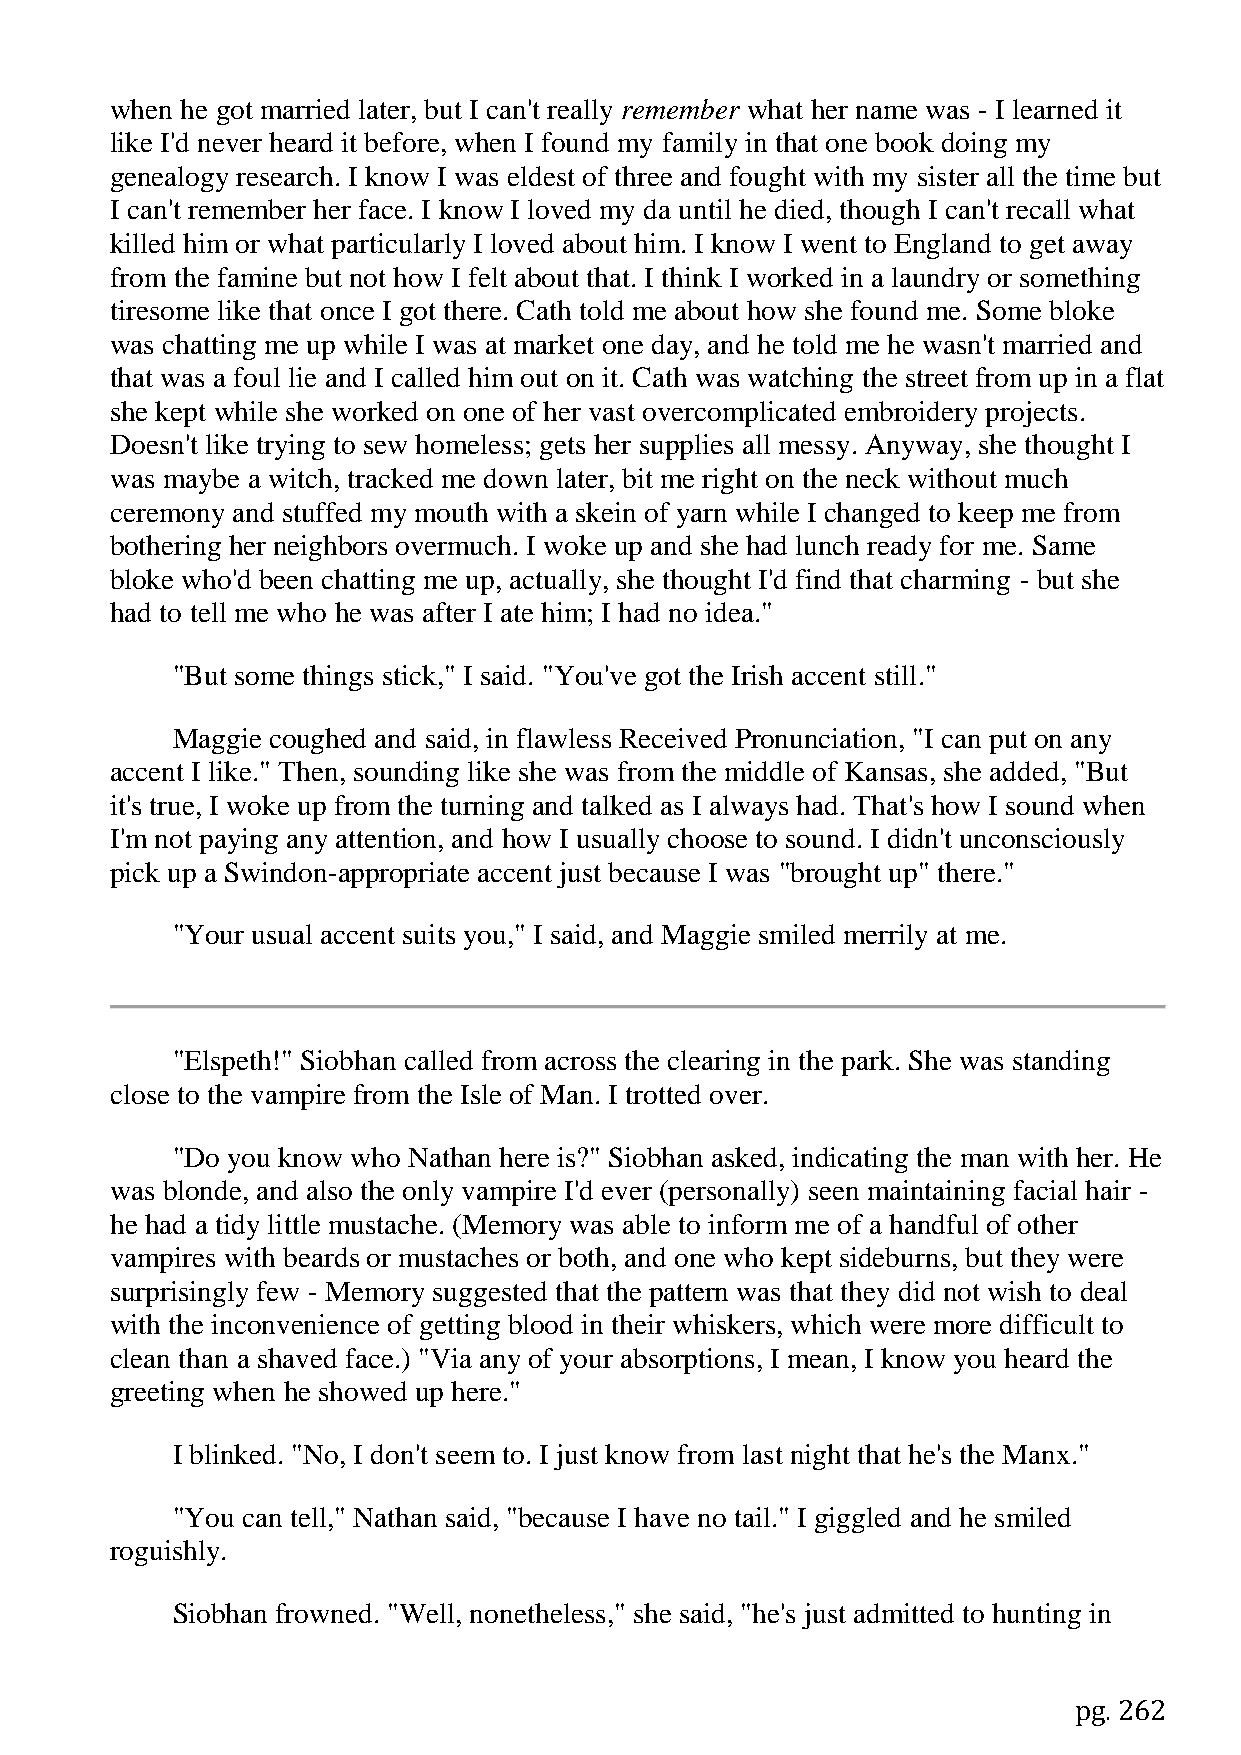
when he got married later, but I can't really remember what her name was - I learned it
 like I'd never heard it before, when I found my family in that one book doing my
 genealogy research. I know I was eldest of three and fought with my sister all the time but
 I can't remember her face. I know I loved my da until he died, though I can't recall what
 killed him or what particularly I loved about him. I know I went to England to get away
 from the famine but not how I felt about that. I think I worked in a laundry or something
 tiresome like that once I got there. Cath told me about how she found me. Some bloke
 was chatting me up while I was at market one day, and he told me he wasn't married and
 that was a foul lie and I called him out on it. Cath was watching the street from up in a flat
 she kept while she worked on one of her vast overcomplicated embroidery projects.
 Doesn't like trying to sew homeless; gets her supplies all messy. Anyway, she thought I
 was maybe a witch, tracked me down later, bit me right on the neck without much
 ceremony and stuffed my mouth with a skein of yarn while I changed to keep me from
 bothering her neighbors overmuch. I woke up and she had lunch ready for me. Same
 bloke who'd been chatting me up, actually, she thought I'd find that charming - but she
 had to tell me who he was after I ate him; I had no idea."
 "But some things stick," I said. "You've got the Irish accent still."
 Maggie coughed and said, in flawless Received Pronunciation, "I can put on any
 accent I like." Then, sounding like she was from the middle of Kansas, she added, "But
 it's true, I woke up from the turning and talked as I always had. That's how I sound when
 I'm not paying any attention, and how I usually choose to sound. I didn't unconsciously
 pick up a Swindon-appropriate accent just because I was "brought up" there."
 "Your usual accent suits you," I said, and Maggie smiled merrily at me.
 "Elspeth!" Siobhan called from across the clearing in the park. She was standing
 close to the vampire from the Isle of Man. I trotted over.
 "Do you know who Nathan here is?" Siobhan asked, indicating the man with her. He
 was blonde, and also the only vampire I'd ever (personally) seen maintaining facial hair -
 he had a tidy little mustache. (Memory was able to inform me of a handful of other
 vampires with beards or mustaches or both, and one who kept sideburns, but they were
 surprisingly few - Memory suggested that the pattern was that they did not wish to deal
 with the inconvenience of getting blood in their whiskers, which were more difficult to
 clean than a shaved face.) "Via any of your absorptions, I mean, I know you heard the
 greeting when he showed up here."
 I blinked. "No, I don't seem to. I just know from last night that he's the Manx."
 "You can tell," Nathan said, "because I have no tail." I giggled and he smiled
 roguishly.
 Siobhan frowned. "Well, nonetheless," she said, "he's just admitted to hunting in
 pg. 262